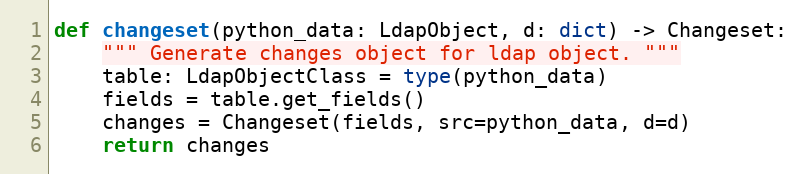
Language: Python
def changeset(python_data: LdapObject, d: dict) -> Changeset:
    """ Generate changes object for ldap object. """
    table: LdapObjectClass = type(python_data)
    fields = table.get_fields()
    changes = Changeset(fields, src=python_data, d=d)
    return changes